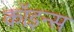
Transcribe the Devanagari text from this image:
कॉइन्स